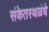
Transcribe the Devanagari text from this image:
संकेतस्थळंचे